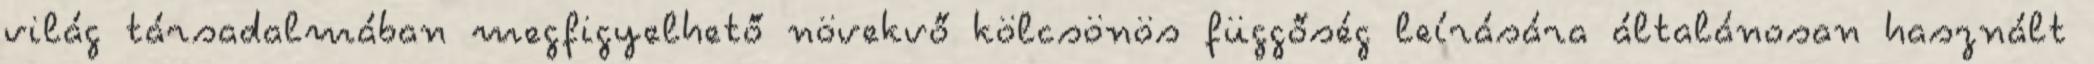
világ társadalmában megfigyelhető növekvő kölcsönös függőség leírására általánosan használt